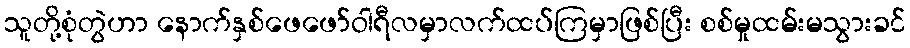
သူတို့စုံတွဲဟာ နောက်နှစ်ဖေဖော်ဝါရီလမှာလက်ထပ်ကြမှာဖြစ်ပြီး စစ်မှုထမ်းမသွားခင်